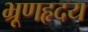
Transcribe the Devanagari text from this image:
भ्रूणहृदय